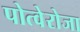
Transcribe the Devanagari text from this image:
पोत्वेरोजा